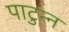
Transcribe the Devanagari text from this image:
पाटुन्न